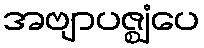
အဗျာပဇ္ဈံပေ